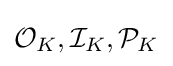
{\mathcal {O}}_{K},{\mathcal {I}}_{K},{\mathcal {P}}_{K}